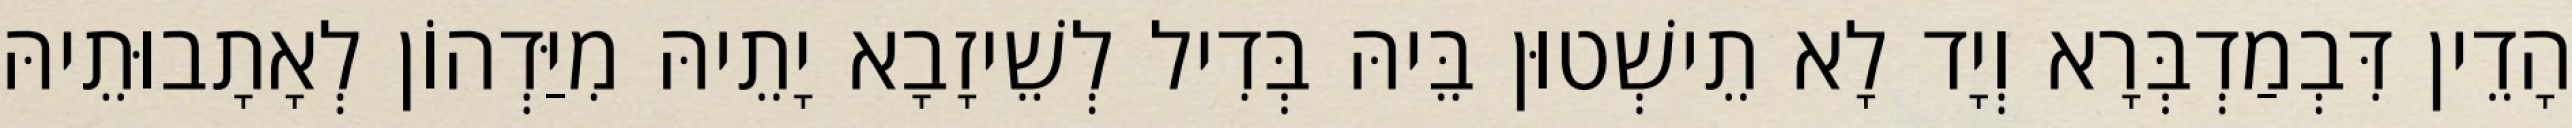
הָדֵין דִּבְמַדְבְּרָא וְיָד לָא תֵישְׁטוּן בֵּיהּ בְּדִיל לְשֵׁיזָבָא יָתֵיהּ מִיַּדְהוֹן לְאָתָבוּתֵיהּ